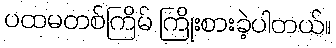
ပထမတစ်ကြိမ် ကြိုးစားခဲ့ပါတယ်။